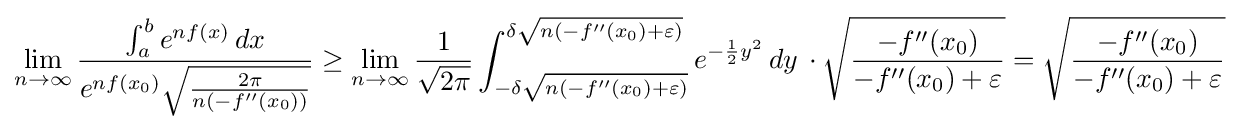
\lim _{n\to \infty }{\frac {\int _{a}^{b}e^{nf(x)}\,dx}{e^{nf(x_{0})}{\sqrt {\frac {2\pi }{n(-f''(x_{0}))}}}}}\geq \lim _{n\to \infty }{\frac {1}{\sqrt {2\pi }}}\int _{-\delta {\sqrt {n(-f''(x_{0})+\varepsilon )}}}^{\delta {\sqrt {n(-f''(x_{0})+\varepsilon )}}}e^{-{\frac {1}{2}}y^{2}}\,dy\,\cdot {\sqrt {\frac {-f''(x_{0})}{-f''(x_{0})+\varepsilon }}}={\sqrt {\frac {-f''(x_{0})}{-f''(x_{0})+\varepsilon }}}